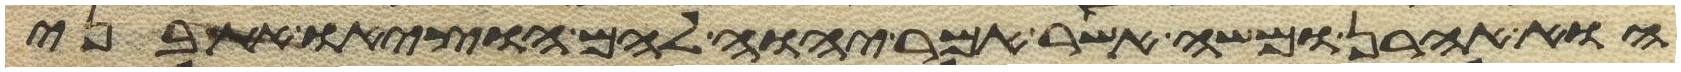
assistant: הוא אהרן ומשה אשר אמר יהוה להם הוציאו את בני